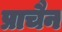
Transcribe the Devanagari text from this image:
प्राचैन